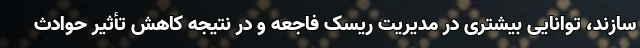
سازند، توانایی بیشتری در مدیریت ریسک فاجعه و در نتیجه کاهش تأثیر حوادث